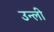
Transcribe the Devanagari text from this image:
उन्ली